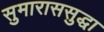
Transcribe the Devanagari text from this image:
सुमाराससुद्धा